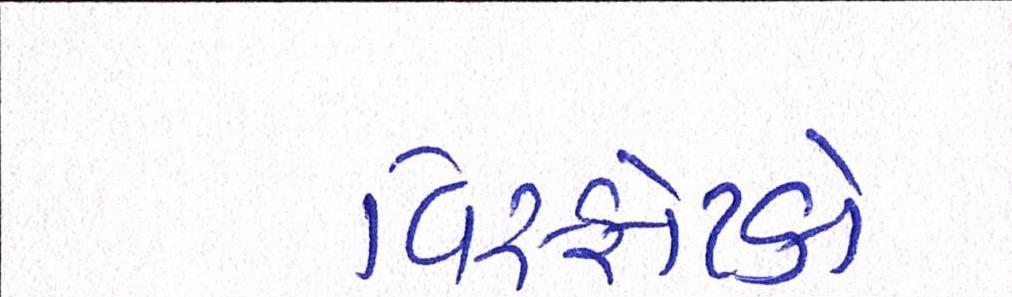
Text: વિસ્ફોટકો